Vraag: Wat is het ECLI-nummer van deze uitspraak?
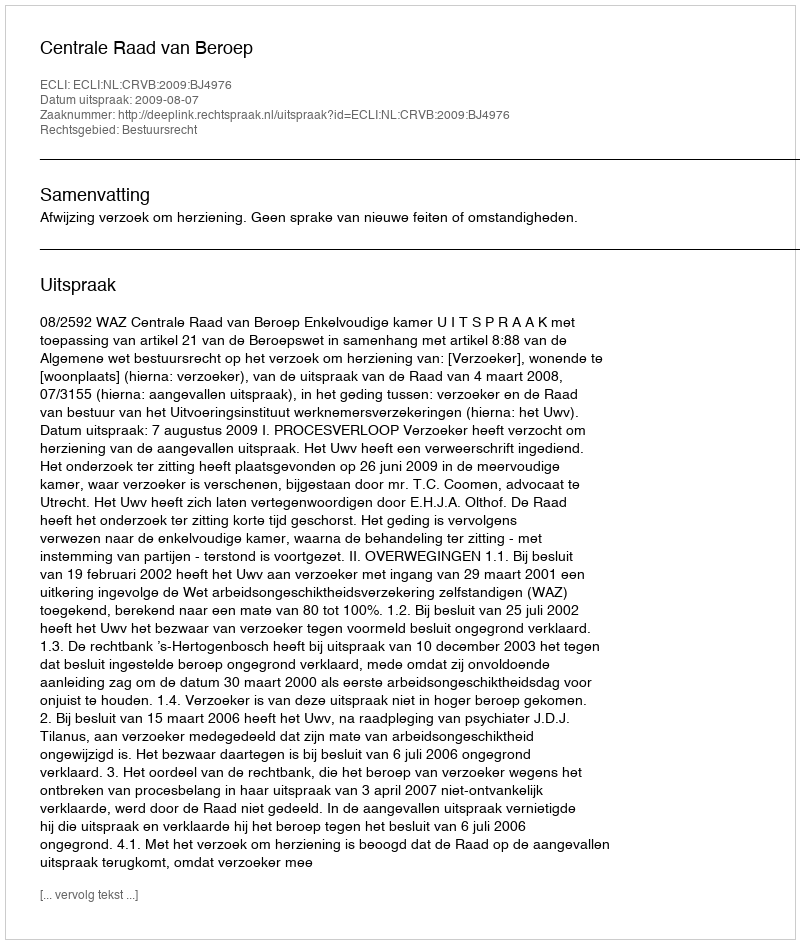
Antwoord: ECLI:NL:CRVB:2009:BJ4976